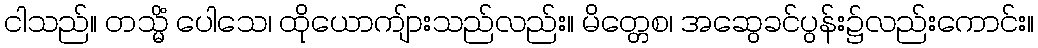
ငါသည်။ တသ္မိံ ပေါသေ၊ ထိုယောကျ်ားသည်လည်း။ မိတ္တေစ၊ အဆွေခင်ပွန်း၌လည်းကောင်း။